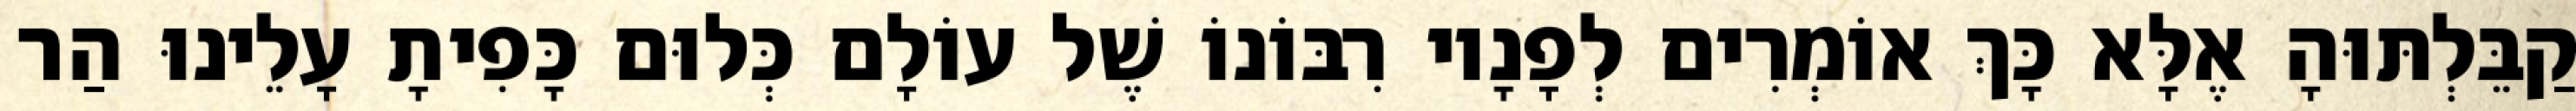
קַבֵּלְתּוּהָ אֶלָּא כָּךְ אוֹמְרִים לְפָנָיו רִבּוֹנוֹ שֶׁל עוֹלָם כְּלוּם כָּפִיתָ עָלֵינוּ הַר